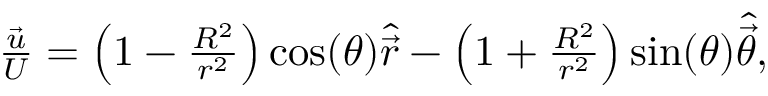
\begin{array} { r } { \frac { \vec { u } } { U } = \left( 1 - \frac { R ^ { 2 } } { r ^ { 2 } } \right) \cos ( \theta ) \widehat { \vec { r } } - \left( 1 + \frac { R ^ { 2 } } { r ^ { 2 } } \right) \sin ( \theta ) \widehat { \vec { \theta } } , } \end{array}